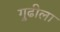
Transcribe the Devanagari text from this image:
गुढीला